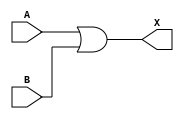
module orGate(A,B,X);

    input A,B;
    output X;
    or (X,A,B);
    
endmodule